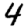
Digit: 4